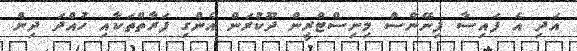
އަދި އެ ފައިސާ ފިނޭންސް މިނިސްޓްރީން ދޫކުރަން އެންގި ފަރާތްތަކާއި ހުއްދަ ދިން